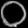
Digit: ၀